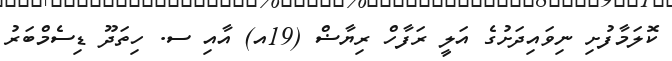
ކޮލަމާފުށި ނިވައިދަށުގެ އަލީ ރަފާހް ރިޔާޟް (19އ) އާއި ސ. ހިތަދޫ ޑިސެމްބަރު